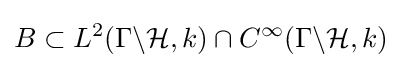
B\subset L^{2}(\Gamma \backslash {\mathcal {H}},k)\cap C^{\infty }(\Gamma \backslash {\mathcal {H}},k)